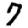
Digit: 7